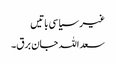
غیر سیاسی باتیں
سعد اللہ جان برق۔